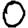
Digit: 0